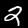
Label: 2